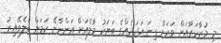
މި މުޒާހަރާއަށް ވަރަށް ގިނަ އަދަދެއްގެ ބަޔަކު މާލެއަށް އަންނާނޭ ކަމަށް ބެލެވޭއިރު